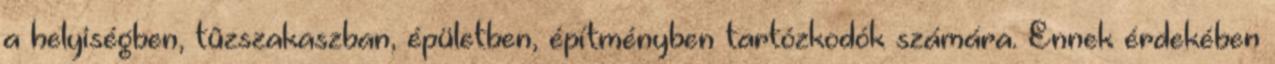
a helyiségben, tûzszakaszban, épületben, építményben tartózkodók számára. Ennek érdekében